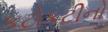
કટોકટીનો